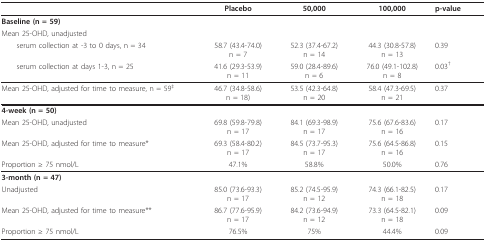
|  | Placebo | 50,000 | 100,000 | p-value |
 | --- | --- | --- | --- | --- |
 | Baseline (n = 59) |  |  |  |  |
 | Mean 25-OHD, unadjusted |  |  |  |  |
 | serum collection at -3 to 0 days, n = 34 | 58.7 (43.4-74.0)n = 7 | 52.3 (37.4-67.2)n = 14 | 44.3 (30.8-57.8)n = 13 | 0.39 |
 | serum collection at days 1-3, n = 25 | 41.6 (29.3-53.9)n = 11 | 59.0 (28.4-89.6)n = 6 | 76.0 (49.1-102.8)n = 8 | 0.03† |
 | Mean 25-OHD, adjusted for time to measure, n = 59‡ | 46.7 (34.8-58.6)n = 18) | 53.5 (42.3-64.8)n = 20 | 58.4 (47.3-69.5)n = 21 | 0.37 |
 | 4-week (n = 50) |  |  |  |  |
 | Mean 25-OHD, unadjusted | 69.8 (59.8-79.8)n = 17 | 84.1 (69.3-98.9)n = 17 | 75.6 (67.6-83.6)n = 16 | 0.17 |
 | Mean 25-OHD, adjusted for time to measure* | 69.3 (58.4-80.2)n = 17 | 84.5 (73.7-95.3)n = 17 | 75.6 (64.5-86.8)n = 16 | 0.15 |
 | Proportion ≥ 75 nmol/L | 47.1% | 58.8% | 50.0% | 0.76 |
 | 3-month (n = 47) |  |  |  |  |
 | Unadjusted | 85.0 (73.6-93.3)n = 17 | 85.2 (74.5-95.9)n = 12 | 74.3 (66.1-82.5)n = 18 | 0.17 |
 | Mean 25-OHD, adjusted for time to measure** | 86.7 (77.6-95.9)n = 17 | 84.2 (73.6-94.9)n = 12 | 73.3 (64.5-82.1)n = 18 | 0.09 |
 | Proportion ≥ 75 nmol/L | 76.5% | 75% | 44.4% | 0.09 |